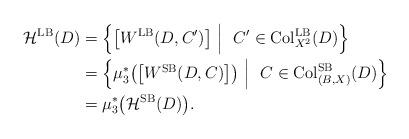
LaTeX: \begin{align*}\mathcal{H}^{\rm LB}(D)&=\Big\{\big[W^{\rm LB}(D, C')\big] ~\Big|~ \ C' \in {\rm Col}_{X^2}^{\rm LB} (D) \Big\}\\&=\Big\{\mu_3^{\ast}\big(\big[W^{\rm SB}(D, C)\big]\big) ~\Big|~ \ C \in {\rm Col}_{(B,X)}^{\rm SB} (D) \Big\}\\&=\mu_3^{\ast}\big(\mathcal{H}^{\rm SB}(D)\big).\end{align*}